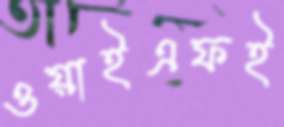
ওয়াইএফই